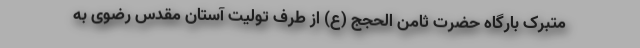
متبرک بارگاه حضرت ثامن الحجج (ع) از طرف تولیت آستان مقدس رضوی به